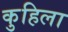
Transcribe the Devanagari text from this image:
कुहिला